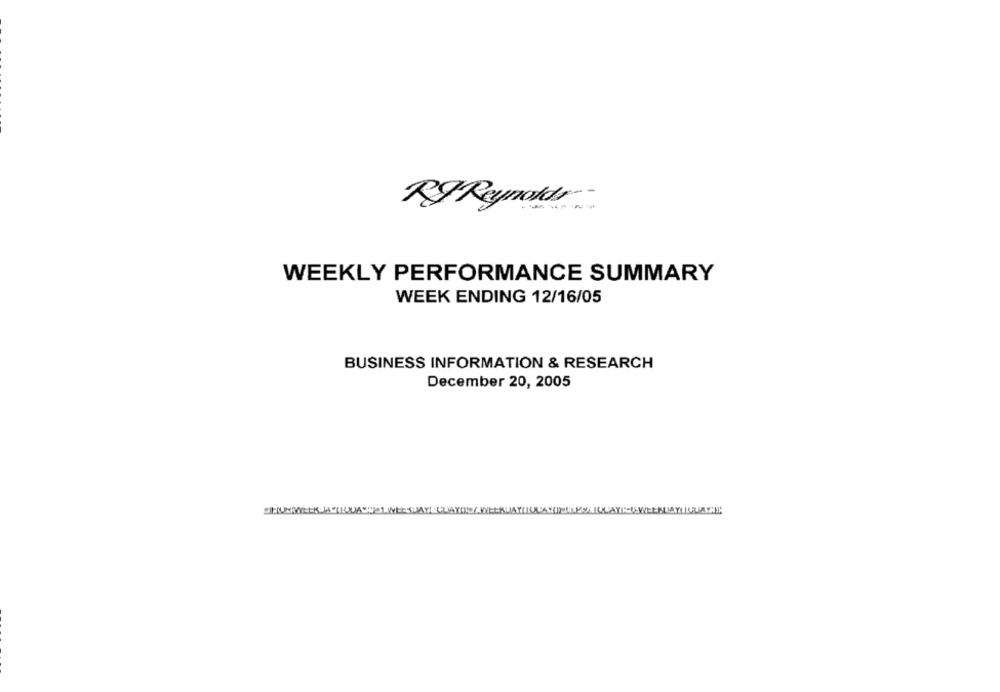
RIReynolds ..
WEEKLY PERFORMANCE SUMMARY
WEEK ENDING 12/16/05
BUSINESS INFORMATION & RESEARCH
December 20, 2005